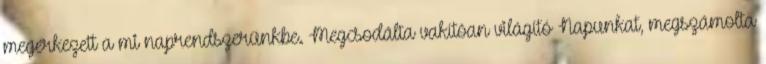
megérkezett a mi naprendszerünkbe. Megcsodálta vakítóan világító Napunkat, megszámolta